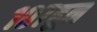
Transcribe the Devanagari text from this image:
१०७हून